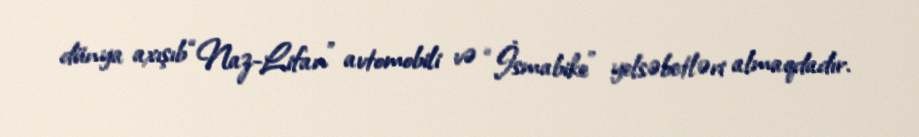
dünya axışıb “Naz-Lifan” avtomobili və “İsmabike” yelsəbetləri almaqdadır.